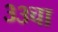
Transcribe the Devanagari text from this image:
३३चा